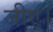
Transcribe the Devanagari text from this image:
जीए।